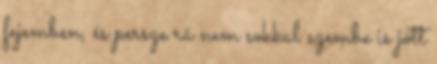
fejemben, és persze rá nem sokkal szembe is jött